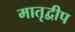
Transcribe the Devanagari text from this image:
मातृद्वीप